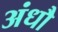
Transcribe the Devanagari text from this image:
अंधौ